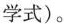
学式)。